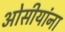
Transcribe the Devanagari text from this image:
ओसीयांना